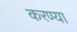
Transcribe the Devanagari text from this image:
करण्या